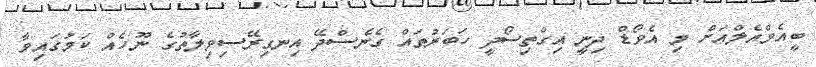
ބީއެމްއެލްއަށް މި އެވޯޑް ދިނީ އިގްތިސޯދީ ހަބަރުތައް ގެނެސްދޭ އިނގިރޭސިވިލާތުގެ ނޫހެއް ކަމުގައިވާ